Vaccination in the Punjab 1919-1929 - 1919-1929
Year: 1919
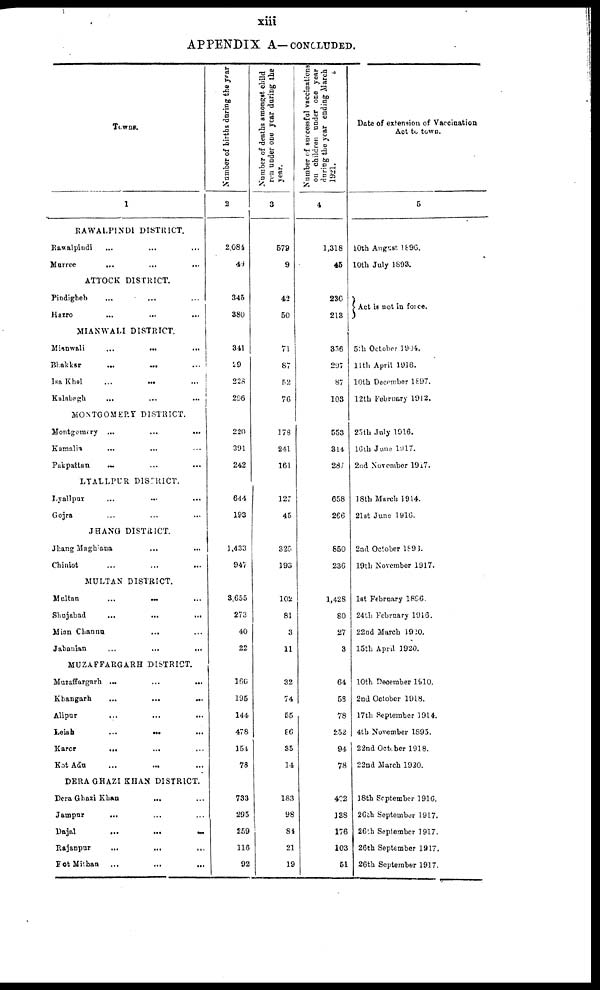
xiii
APPENDIX A—CONCLUDED.
Towns.
1
RAWALPINDI DISTRICT.
Rawalpindi ... ... ...
Murree
...
...
...
ATTOCK DISTRICT.
Pindigheb ... ... ...
Hazro ... ... ...
MIANWALI DISTRICT.
Mianwali
...
...
...
Bhakksr
...
...
...
Isa Khol
...
...
...
Kalabagh ... ... ...
MONTGOMERY DISTRICT.
Montgomery ...
...
...
Kamalia ... ... ...
Pakpattan ... ... ...
LYALLPUR DISTRICT.
Lyallpur ... ... ...
Gojra ... ... ...
JHANG DISTRICT.
JhangMagh ana ... ... ...
Chiniot ... ... ...
MULTAN DISTRICT.
Mnltan
...
...
...
Shujabad
...
...
...
Mian Channa ... ... ...
Jahanian
...
...
...
MUZAFFARGARH DISTRICT.
Muzaffargarh ...
...
...
Khangarh
...
...
...
Alipur
Leiah
...
...
...
Karor
...
...
...
Kot Adu ... ... ...
DERA GHAZI KHAN DISTRICT.
Dera Ghazi Khan
...
...
Jampnr ... ... ...
Dajal
...
...
...
Rajanpur ... ... ...
Kot Mithan ... ... ...
Number of births during the year
2
2,.084
49
345
380
341
29
228
296
220
391
242
644
193
1,433
947
3,655
273
40
22
166
195
144
478
154
78
733
295
259
116
92
Number of deaths amongst child
ren under one year during the
year.
3
579
9
42
50
71
87
52
76
178
241
161
127
45
325
193
102
81
3
11
32
74
55
86
35
14
183
98
84
21
19
Number of successful vaccinations
on children under one year
during the year ending March
1921.
4
1,318
45
230
213
356
297
87
103
553
314
287
658
266
850
236
1,428
80
27
3
64
53
78
252
94
78
402
138
176
103
51
Date of extension of Vaccination
Act to town.
5
10th August 1896
10th July 1893.
Act is not in force.
5th October 1904.
11th April 1916.
10th December 1897.
12th February 1912.
25th July 1916.
16th June l917.
2nd November 1917.
18th March 1914.
21st June 1916.
2nd October 1893.
19th November 1917.
1st February 1896.
24th February 1916.
22nd March 1920.
15th April 1920.
10th December 1910.
2nd October 1918.
17th September 1914.
4th November 1895.
22nd October 1918.
22nd March 1920.
18th September 1916.
26th September 1917.
26th September 1917.
26th September 1917.
26th September 1917.